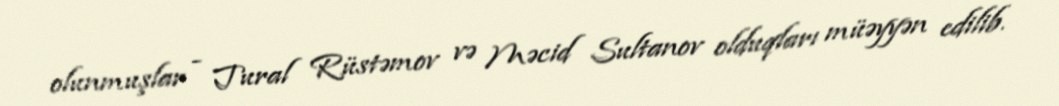
olunmuşlar - Tural Rüstəmov və Məcid Sultanov olduqları müəyyən edilib.